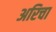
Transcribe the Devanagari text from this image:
अरिचा